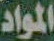
المواد